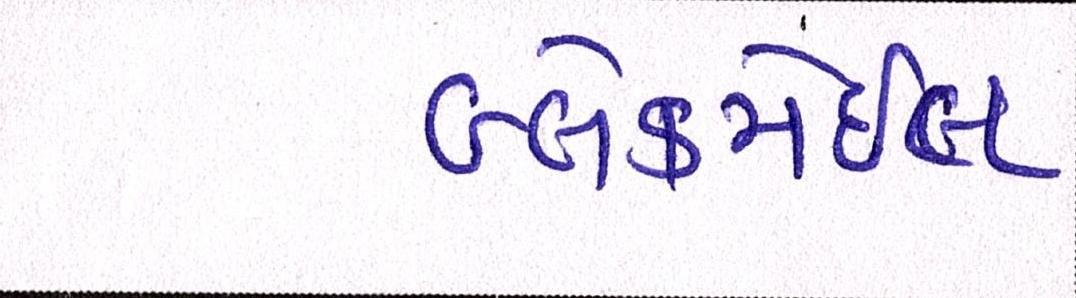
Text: બ્લેકમેઈલ